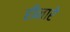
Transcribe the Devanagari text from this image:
हीनारे